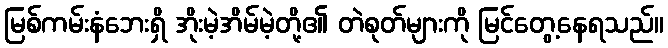
မြစ်ကမ်းနံဘေးရှိ အိုးမဲ့အိမ်မဲ့တို့၏ တဲစုတ်များကို မြင်တွေ့နေရသည်။